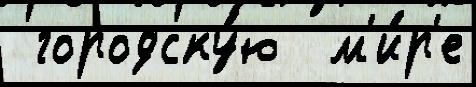
 городску́ю  м'и́р'е